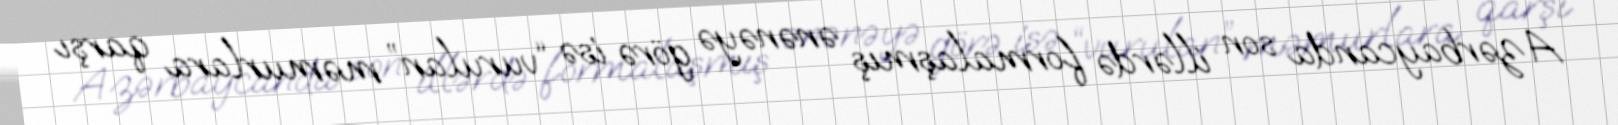
Azərbaycanda son illərdə formalaşmış ənənəyə görə isə “vurulan” məmurlara qarşı